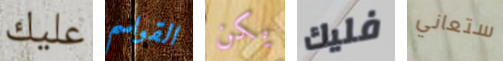
عليك القواسم يكن فليك ستعاني